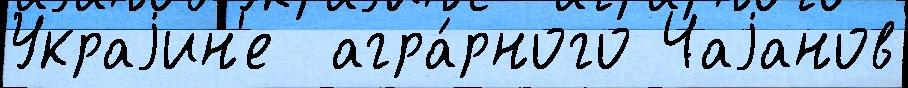
Украjин'е  агра́рного Чаjанов